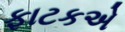
ફાટકએ